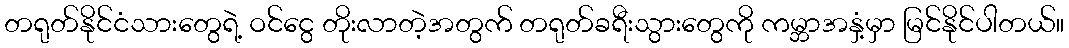
တရုတ်နိုင်ငံသားတွေရဲ့ ဝင်ငွေ တိုးလာတဲ့အတွက် တရုတ်ခရီးသွားတွေကို ကမ္ဘာအနှံ့မှာ မြင်နိုင်ပါတယ်။